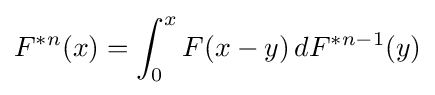
F^{*n}(x)=\int _{0}^{x}F(x-y)\,dF^{*n-1}(y)